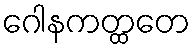
ဂေါနကတ္ထတေ